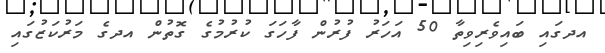
އދގައި ބައިވެރިވިތާ 50 އަހަރު ފުރުން ފާހަގަ ކުރުމުގެ ގޮތުން އދގެ މަރުކަޒުގައި